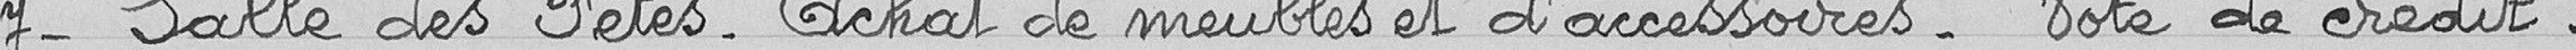
7- Salle des fêtes - Achat de meubles et d'accessoires. Vote de crédit